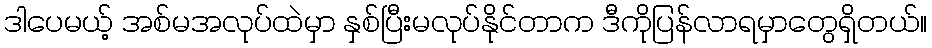
ဒါပေမယ့် အစ်မအလုပ်ထဲမှာ နှစ်ပြီးမလုပ်နိုင်တာက ဒီကိုပြန်လာရမှာတွေရှိတယ်။